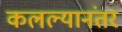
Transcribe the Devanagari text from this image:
कलल्यानंतर